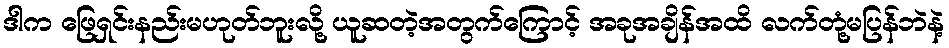
ဒါက ဖြေရှင်းနည်းမဟုတ်ဘူးလို့ ယူဆတဲ့အတွက်ကြောင့် အခုအချိန်အထိ လက်တုံ့မပြန်ဘဲနဲ့